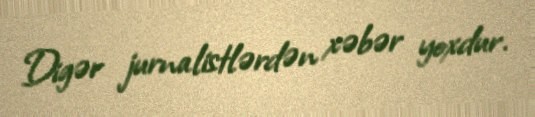
Digər jurnalistlərdən xəbər yoxdur.